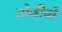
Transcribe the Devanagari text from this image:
ओजीब्वे